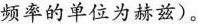
频率的单位为赫兹)。